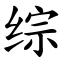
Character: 综